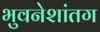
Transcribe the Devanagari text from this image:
भुवनेशांतग